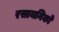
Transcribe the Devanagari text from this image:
रसायनिकों